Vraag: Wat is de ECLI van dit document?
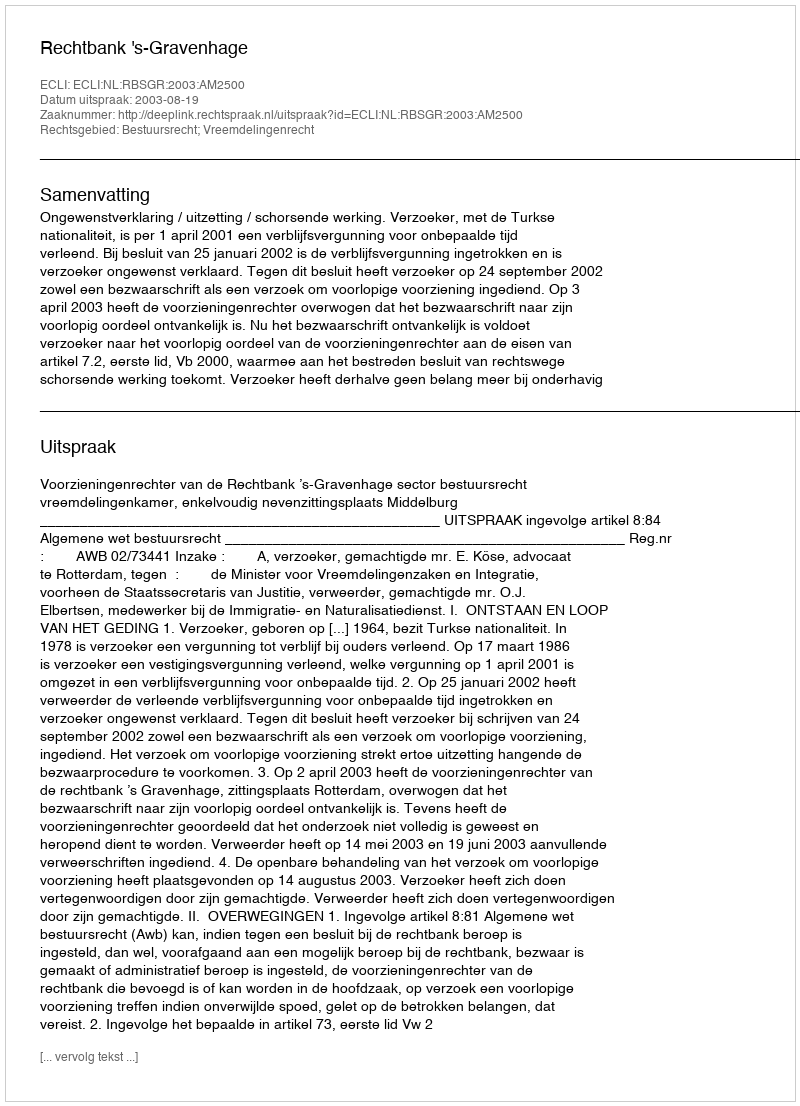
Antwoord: ECLI:NL:RBSGR:2003:AM2500